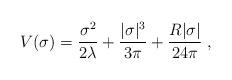
LaTeX: \begin{align*}V(\sigma)=\frac{\sigma^2}{2\lambda}+\frac{|\sigma|^3}{3\pi}+\frac{R|\sigma|}{24\pi}\;,\end{align*}